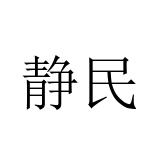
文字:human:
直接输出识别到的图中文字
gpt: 静民